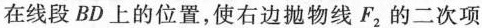
在线段BD上的位置，使右边抛物线F_{2}的二次项